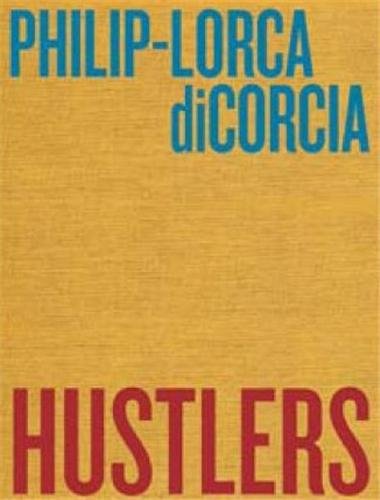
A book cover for Philip-Lorca diCorcia: Hustlers; Arts & Photography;